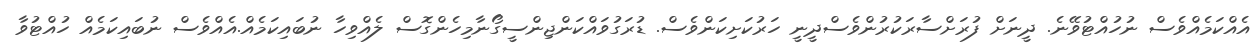
އެއްކަމެއްވެސް ނުހުއްޓުވޭނެ. ދީނަށް ފުރަށްސާރަކުރުންވެސްދީނީ ހަރުކަށިކަންވެސް. ޑުރަގުވައްކަންޖިންސީގޯނާމިހެންގޮސް ލެއްވިހާ ނުބައިކަމެއް.އެއްވެސް ނުބައިކަމެއް ހުއްޓުވާ